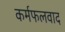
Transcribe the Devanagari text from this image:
कर्मफलवाद